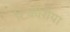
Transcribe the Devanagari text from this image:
टिकोरीया